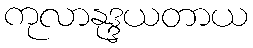
ကုလာနုဒ္ဒယတာယ